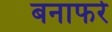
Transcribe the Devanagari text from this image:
बनाफरे